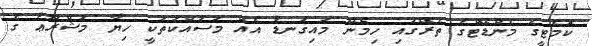
ކޮމެޓީގެ މެންޑޭޓްގެ ތެރޭގައި ހިމެނޭ މައިގަނޑު އެއް މަސައްކަތަކީ ހިޔާ މަޝްރޫޢު ގެ